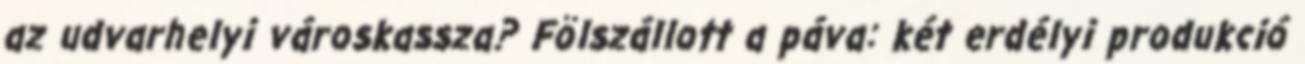
az udvarhelyi városkassza? Fölszállott a páva: két erdélyi produkció